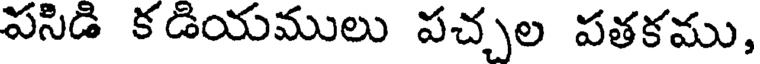
పసిడి కడియములు పచ్చల పతకము,